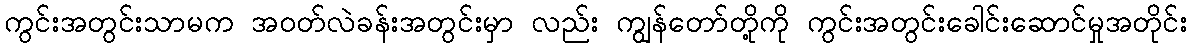
ကွင်းအတွင်းသာမက အဝတ်လဲခန်းအတွင်းမှာ လည်း ကျွန်တော်တို့ကို ကွင်းအတွင်းခေါင်းဆောင်မှုအတိုင်း